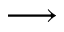
\longrightarrow